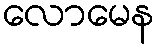
လောမေန